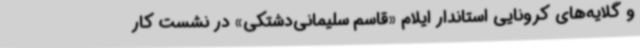
و گلایه‌های کرونایی استاندار ایلام «قاسم سلیمانی‌دشتکی» در نشست کار